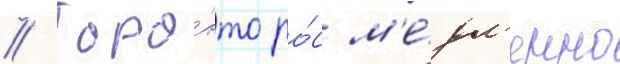
// Торо́нто ро́с м'е́дл'енно